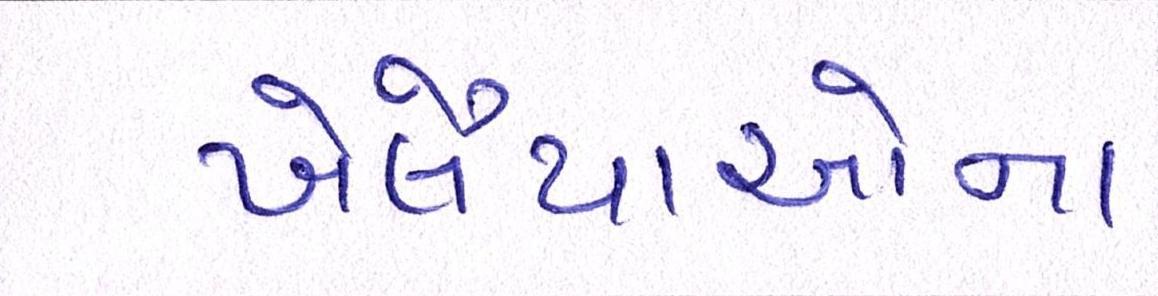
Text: ખેલૈયાઓના